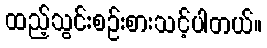
ထည့်သွင်းစဉ်းစားသင့်ပါတယ်။